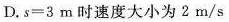
D.$$s = 3 m$$时速度大小为2m/s